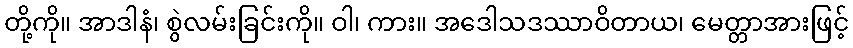
တို့ကို။ အာဒါနံ၊ စွဲလမ်းခြင်းကို။ ဝါ၊ ကား။ အဒေါသဒဿာဝိတာယ၊ မေတ္တာအားဖြင့်